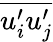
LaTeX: \overline{{{u_{i}^{\prime}}u_{j}^{\prime}}}